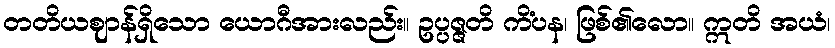
တတိယဈာန်ရှိသော ယောဂီအားလည်း။ ဥပ္ပဇ္ဇတိ ကိံပန၊ ဖြစ်၏လော။ ဣတိ အယံ၊